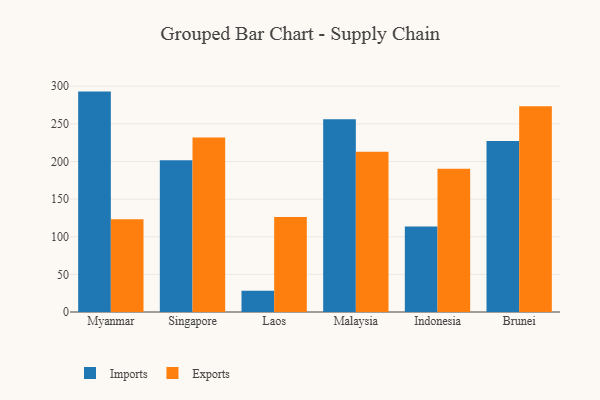
{"axis": {"x": "Country", "y": "Page Views"}, "legend": ["Exports", "Imports"], "data": [{"x": "Myanmar", "y": 292.9, "type": "Imports"}, {"x": "Myanmar", "y": 123.3, "type": "Exports"}, {"x": "Singapore", "y": 201.6, "type": "Imports"}, {"x": "Singapore", "y": 231.8, "type": "Exports"}, {"x": "Laos", "y": 28.1, "type": "Imports"}, {"x": "Laos", "y": 126.2, "type": "Exports"}, {"x": "Malaysia", "y": 256.1, "type": "Imports"}, {"x": "Malaysia", "y": 213.1, "type": "Exports"}, {"x": "Indonesia", "y": 113.5, "type": "Imports"}, {"x": "Indonesia", "y": 190.5, "type": "Exports"}, {"x": "Brunei", "y": 227.2, "type": "Imports"}, {"x": "Brunei", "y": 273.3, "type": "Exports"}]}